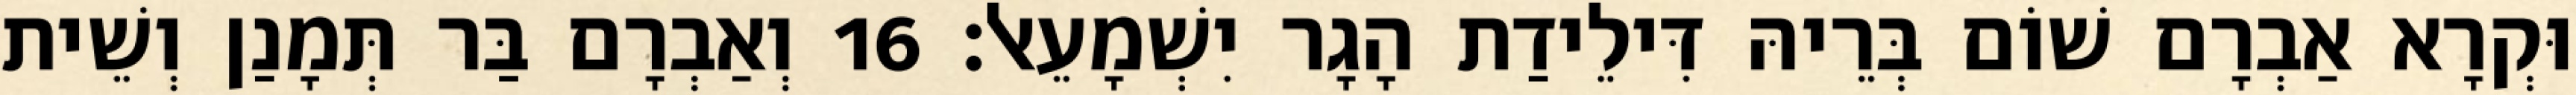
וּקְרָא אַבְרָם שׁוֹם בְּרֵיהּ דִּילֵידַת הָגָר יִשְׁמָעֵאל׃ 16 וְאַבְרָם בַּר תְּמָנַן וְשֵׁית